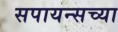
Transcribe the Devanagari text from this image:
सपायन्सच्या